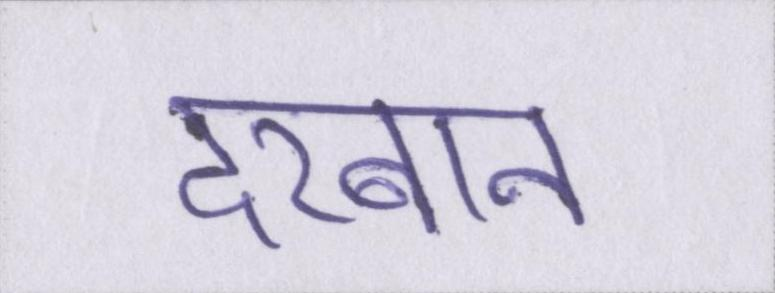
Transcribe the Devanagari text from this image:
दरबान